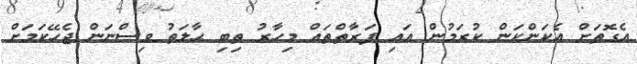
އެގޮތަށް އެކަންކަން ކުރަމުން އައި ފަރާތްތައް މިހާރު ތިބި ޙާލަތު ވިސްނަން ޖެހޭކަމަށް